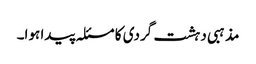
مذہبی دہشت گردی کا مسئلہ پیدا ہوا۔